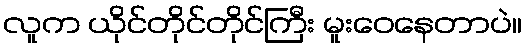
လူက ယိုင်တိုင်တိုင်ကြီး မူးဝေနေတာပဲ။